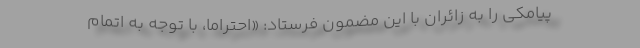
پیامکی را به زائران با این مضمون فرستاد: «احتراما، با توجه به اتمام